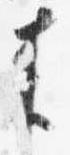
来